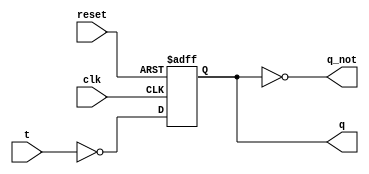
module t_ff(
    input reset,
    input clk,
    input t,
    output reg q,
    output q_not
    );
	
	always @(posedge clk or negedge reset) begin
	    if (!reset)
		    q <= 1'b0;
	    else
		    q <= ~t;  
	end
	
	assign q_not = ~q;
	
endmodule


`timescale 1us/1ns
module t_ff_tb();

   	reg t;
	reg clk = 0;
	reg reset;
	wire q;
   	wire q_not;
	reg [1:0] delay;
    	integer i;
	
	// Instantiate the DUT
	t_ff TFF0( .reset(reset), .clk(clk), .t(t), .q(q), .q_not(q_not));
	
	// Create the clk signal
	always begin
	    #0.5 clk = ~clk;
	end
	
   	// Create stimulus	  
   	initial begin
        	reset = 0; t = 0;
		#1;	reset = 1;
	    	for (i=0; i<5; i=i+1) begin
		   delay = $urandom_range(1,3);
		   #(delay) t = ~t; // toggle the FF at random times
		end	
       	 	#(0.2); reset = 0; // reset the FF again		
	end
	
    	// This will stop the simulator when the time expires
    	initial begin
        	#10 $stop;
    	end  
endmodule